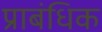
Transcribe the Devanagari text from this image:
प्राबंधिक